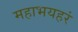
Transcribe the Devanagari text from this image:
महाभयहरं